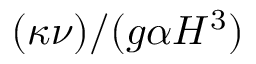
( \kappa \nu ) / ( g \alpha H ^ { 3 } )